Report on the cultivation and use of ganja
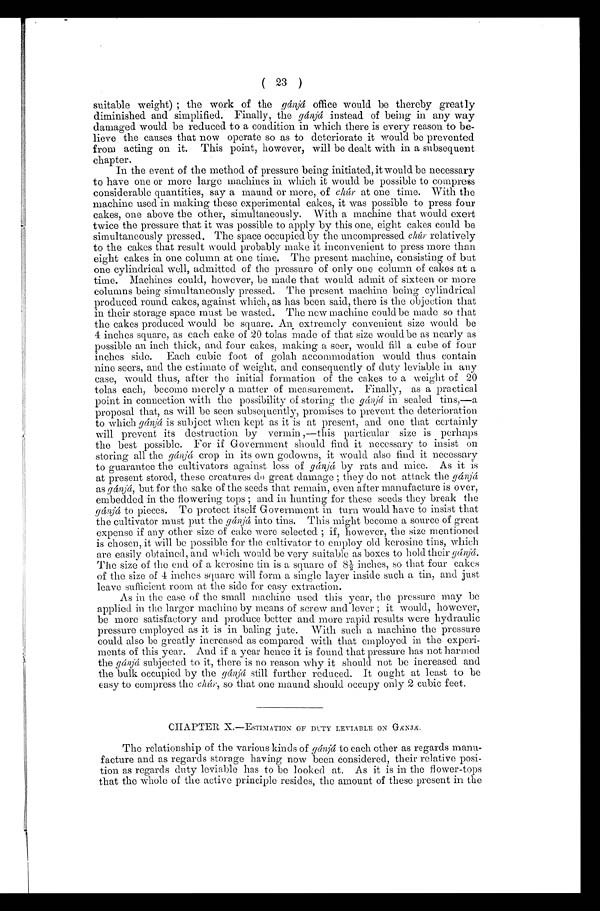
FP
( 23 )
suitable weight);the work of the gànjà office would be thereby greatly
diminished and simplified. Finally, the gànjà instead of being in any way
damaged would be reduced to a condition in which there is every reason to be-
lieve the causes that now operate so as to deteriorate it would be prevented
from acting on it. This point, however, will be dealt with in a subsequent
chapter.
In the event of the method of pressure being initiated, it would be necessary
to have one or more large machines in which it would be possible to compress
considerable quantities, say a maund or more, of chùà) . at one time. With the
machine used in making these experimental cakes, it was possible to press four
cakes, one above the other, simultaneously. With a machine that would exert
twice the pressure that it was possible to apply by this one, eight cakes could be
simultaneously pressed. The space occupied. by the uncompressed chùr relatively
to the cakes that result would probably make it inconvenient to press more than
eight cakes in one column at one time. The present machine, consisting of but
one cylindrical well, admitted of the pressure of only one column of cakes at a
time. Machines could, however, be made that would admit of sixteen or more
columns being simultaneously pressed. The present machine being cylindrical
produced. round cakes, against which, as has been said, there is the objection that
in their storage space must be wasted. The new machine could be made so that
the cakes produced would be square. An extremely convenient size would be
4 inches square, as each cake of 20 tolas made of that size would be as nearly as
possible an inch thick, and four cakes, making a seer, would fill a cuhe of four
inches side. Each cubic foot of golah accommodation would thus contain
nine seers, and the estimate of weight, and consequently of duty leviable in any
case, would thus, after the initial formation of the cakes to a weight of 20
tolas each, become merely a matter of measurement. Finally, as a practical
point in connection with the possibility of storing the gànJà in sealed tins,—a
proposal that, as will be seen subsequently, promises to prevent the deterioration
to which gànjá is subject when kept as it is at present, and one that certainly
will prevent its destruction by vermin ,--this particular size is perhaps
the best possible. For if Government should find it necessary to insist on
storing all the gànjà crop in its own godowns, it would also find it necessary
to guarantee the cultivators against loss of gànjà , by rats and mice. As it is
at present stored, these creatures do great damage ; they do not attack the g à n j à
as gànjà, but for the sake of the seeds that remain, even after manufacture is over,
embedded in the flowering tops and in hunting for these seeds they break the
gànjà to pieces. To protect itself Government in turn would have to insist that
the cultivator must put the gànjà into tins. This might become a source of great
expense if any other size of cake were selected;if, however, the size mentioned
is chosen, it will be possible for the cultivator to employ old kerosine tins, which
are easily obtained, and which would be very suitable as boxes to hold their gànjà.
The size of the end of a kerosine tin is a square of 8 ½ inches, so that four cakes
of the size of 4 inches square will form a single layer inside such a tin, and just
leave sufficient room at the side for easy extraction.
As in the case of the small machine used this year, the pressure may be
applied in the larger machine by means of screw and lever;it would, however,
be more satisfactory and produce better and more rapid results were hydraulic
pressure employed as it is in baling jute. With such a machine the pressure
could also be greatly increased as compared with that employed in the experi-
ments of this year. And if a year hence it is found that pressure has not harmed
the gànjà subjected to it, there is no reason why it should not be increased and
the bulk occupied by the gànjà still further reduced. It ought at least to be
easy to compress the chùr, so that one maund should occupy only 2 cubic feet.
CHAPTER X.—ESTIMATION OF DUTY LEVIABLE ON GÁNJÁ.
The relationship of the various kinds of gànjà to each other as regards manu-
facture and as regards storage having now been considered, their relative posi-
tion as regards duty leviable has to be looked at. As it is in the flower-tops
that the whole of the active principle resides, the amount of these present in the